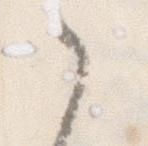
之